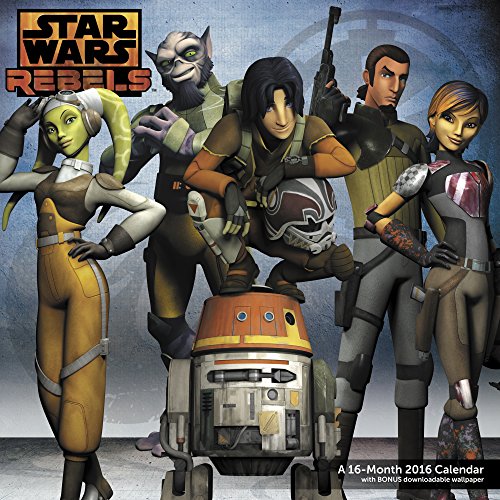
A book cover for Star Wars Rebels Wall Calendar (2016); Mead; Calendars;